Newspaper: The Richmond palladium. [volume]
Place of publication: Richmond, Ind.
Publisher: D.P. Holloway & Co.
Date: 1865-10-19 00:00:00
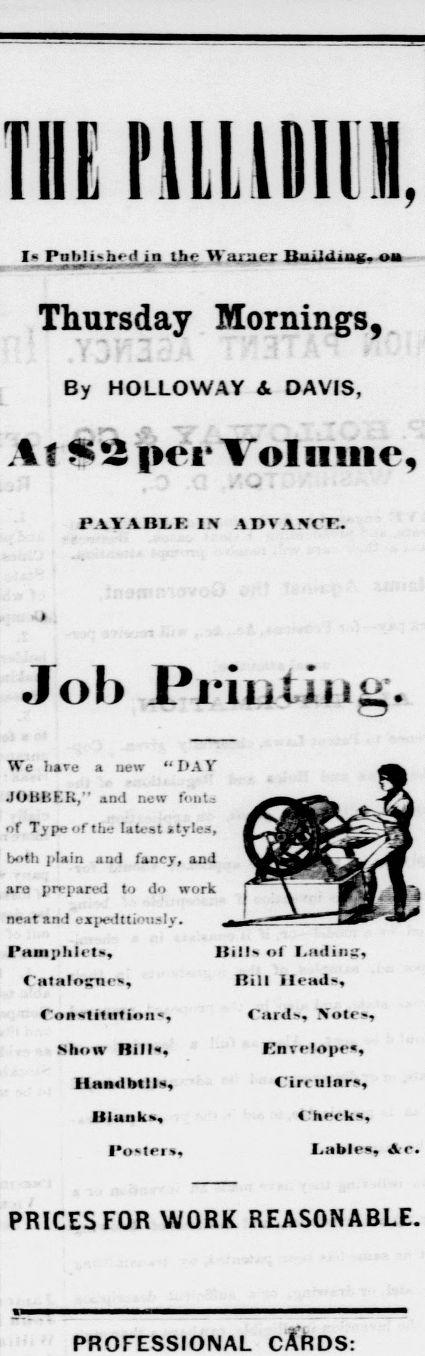
Advertisement text (OCR):
the minimi. I PnbHshfd in JhM'arae r Ttuiiding, m Thursday Mornings, By HOLLO WAY & DAVIS, At 5i pcr Voliiiiic, PAYABLE IV ATVACK. Job Printing. We have a new " DAY JOBbEK,' and new f-.nU of Tipeofthe Uu-st styles, til ,. . , " both plain aod fancy, and ara prepared to do work neat and expeditiously. Pamphlet", Catalosrnc, Constitution, Show Bill, llandbtlN, UiankK, Ioter, Hill of Lading, Bill IIead, Card, "ote, Envelope, Circular, Check, Lable, &r PRICES FOR WORK REASONABLE. PROFESSIONAL CARDS:
Label: illustrations